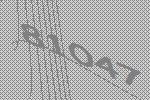
81047